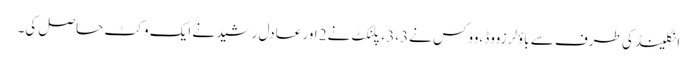
انگلینڈ کی طرف سے باؤلرزووڈ،ووکس نے3،3 ، پلنکٹ نے2 اور عادل رشید نے ایک وکٹ حاصل کی۔